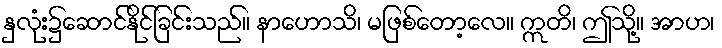
နှလုံး၌ဆောင်နိုင်ခြင်းသည်။ နာဟောသိ၊ မဖြစ်တော့လေ။ ဣတိ၊ ဤသို့။ အာဟ၊